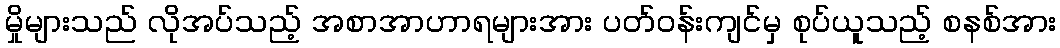
မှိုများသည် လိုအပ်သည့် အစာအာဟာရများအား ပတ်ဝန်းကျင်မှ စုပ်ယူသည့် စနစ်အား